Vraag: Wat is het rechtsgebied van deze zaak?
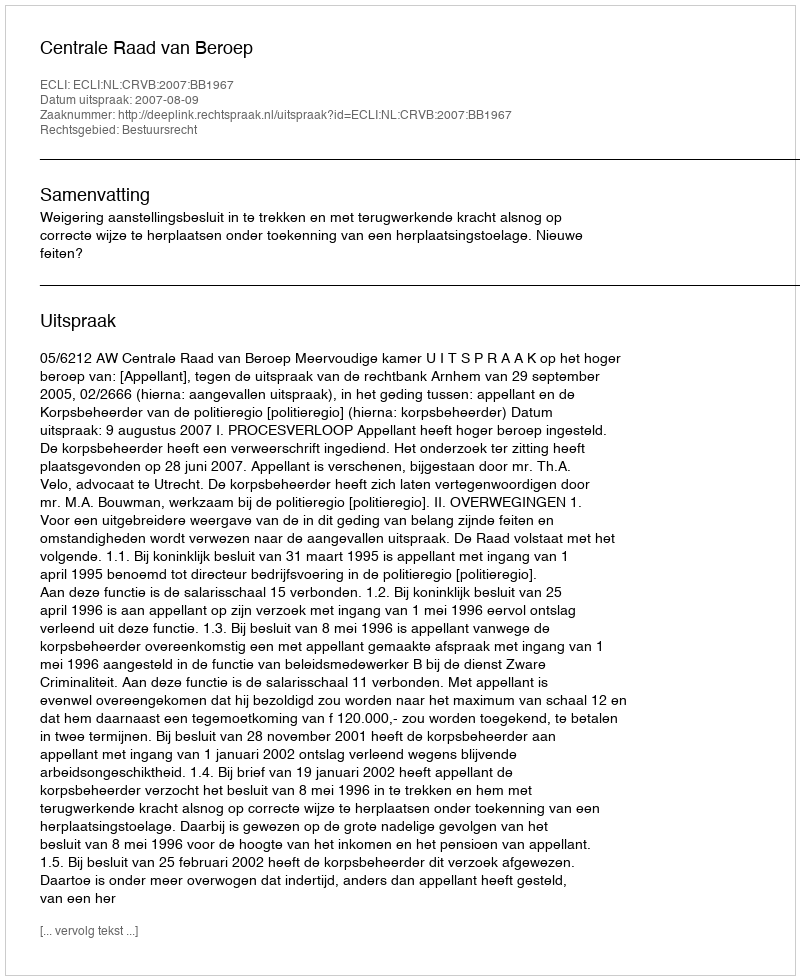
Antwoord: Bestuursrecht